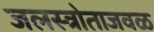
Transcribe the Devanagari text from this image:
जलस्त्रोताजवळ